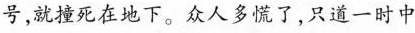
号，就撞死在地下。众人多慌了，只道一时中